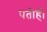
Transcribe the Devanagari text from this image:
पतीही